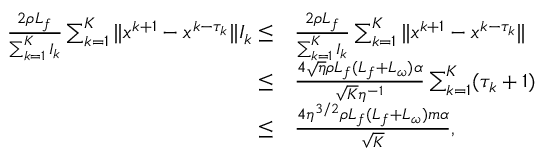
\begin{array} { r l } { \frac { 2 \rho L _ { f } } { \sum _ { k = 1 } ^ { K } I _ { k } } \sum _ { k = 1 } ^ { K } \| x ^ { k + 1 } - x ^ { k - \tau _ { k } } \| I _ { k } \leq } & { \frac { 2 \rho L _ { f } } { \sum _ { k = 1 } ^ { K } I _ { k } } \sum _ { k = 1 } ^ { K } \| x ^ { k + 1 } - x ^ { k - \tau _ { k } } \| } \\ { \leq } & { \frac { 4 \sqrt { \eta } \rho L _ { f } ( L _ { f } + L _ { \omega } ) \alpha } { \sqrt { K } \eta ^ { - 1 } } \sum _ { k = 1 } ^ { K } ( \tau _ { k } + 1 ) } \\ { \leq } & { \frac { 4 \eta ^ { 3 / 2 } \rho L _ { f } ( L _ { f } + L _ { \omega } ) m \alpha } { \sqrt { K } } , } \end{array}